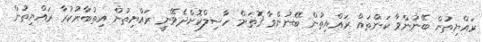
ރައްޔިތުން ބޭނުންވާ ކަންތައް ރައްޔިތުން ބޭނުންވާ ގޮތަށް ހާސިލްކޮށްދެވޭނީ ރައްޔިތުން އިތުބާރުކުރާ ރައްޔިތުން